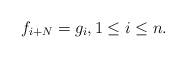
LaTeX: \begin{align*}f_{i+N}=g_i,1\le i\le n.\end{align*}